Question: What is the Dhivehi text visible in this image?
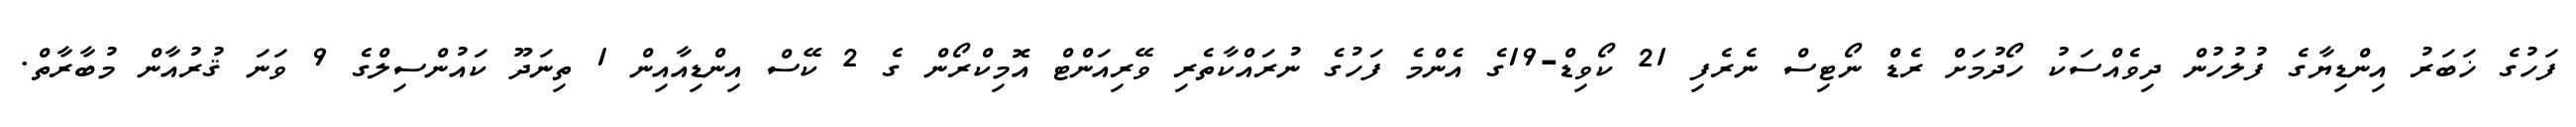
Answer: ފަހުގެ ޚަބަރު އިންޑިޔާގެ ފުލުހުން ދިވެއްސަކު ހޯދުމަށް ރެޑް ނޯޓިސް ނެރެފި 21 ކޯވިޑް-19ގެ އެންމެ ފަހުގެ ނުރައްކާތެރި ވޭރިއަންޓް އޮމިކްރޯން ގެ 2 ކޭސް އިންޑިއާއިން 1 ތިނަދޫ ކައުންސިލްގެ 9 ވަނަ ޤުރުއާން މުބާރާތް.